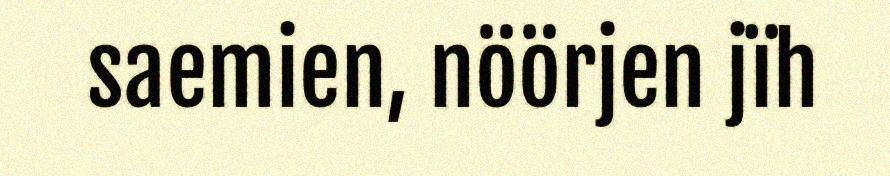
saemien, nöörjen jïh